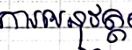
ការអនុវត្ត